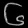
Digit: ၆